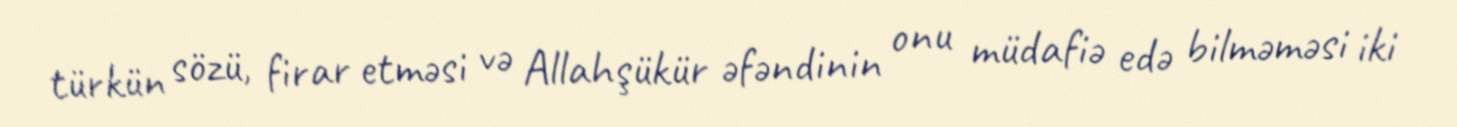
türkün sözü, firar etməsi və Allahşükür əfəndinin onu müdafiə edə bilməməsi iki